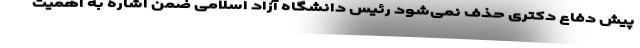
پیش دفاع دکتری حذف نمی‌شود رئیس دانشگاه آزاد اسلامی ضمن اشاره به اهمیت